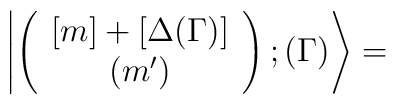
\left|\left (\begin{array}{cc}[m]+[\Delta (\Gamma )]\\ (m^\prime)\end{array}\right); (\Gamma )\right\rangle=